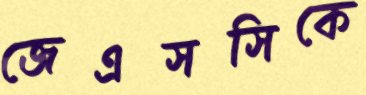
জেএসসিকে